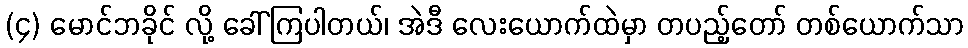
(၄) မောင်ဘခိုင် လို့ ခေါ်ကြပါတယ်၊ အဲဒီ လေးယောက်ထဲမှာ တပည့်တော် တစ်ယောက်သာ